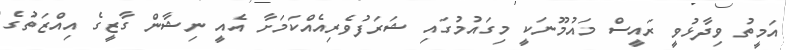
އަމީތު ވިދާޅުވީ ރައީސް މައުމޫނަކީ މިގައުމުގައި ޝަރަފުވެރިއެއްކަމަށާ އެއީ ނިޝާން ގާޒީގެ އިއްޒަތުގެ